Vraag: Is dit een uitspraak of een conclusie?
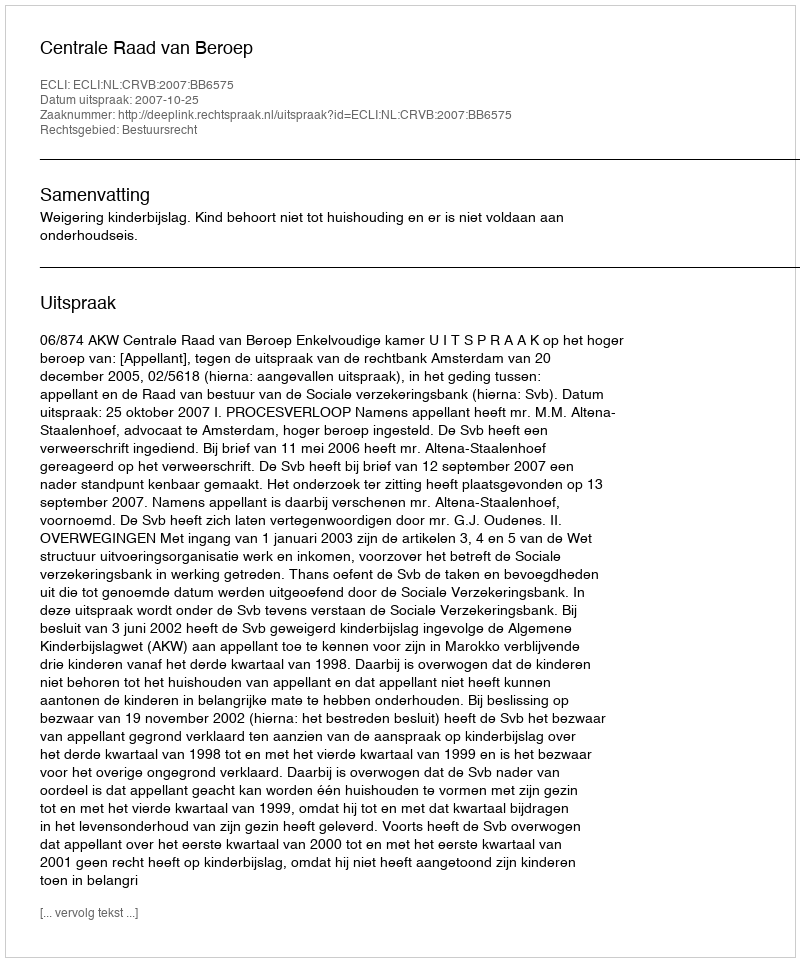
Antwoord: Uitspraak